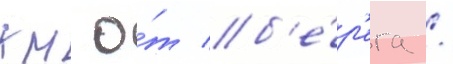
км о́т б'е́р'ега /